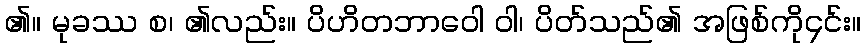
၏။ မုခဿ စ၊ ၏လည်း။ ပိဟိတဘာဝေါ ဝါ၊ ပိတ်သည်၏ အဖြစ်ကို၄င်း။